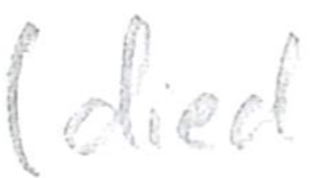
Text: (died
Cross-out: clean
Writing tool: pencil